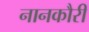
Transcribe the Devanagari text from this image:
नानकौरी